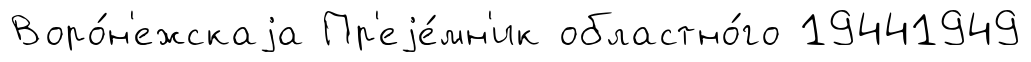
Воро́н'ежскаjа Пр'еjе́мн'ик областно́го 19441949